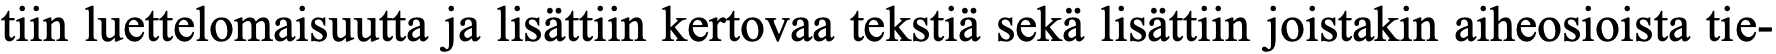
tiin luettelomaisuutta ja lisättiin kertovaa tekstiä sekä lisättiin joistakin aiheosioista tie-